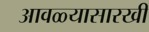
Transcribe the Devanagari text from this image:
आवळ्यासारखी